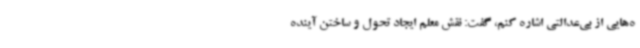
ه‌هایی از بی‌عدالتی اشاره کنم، گفت: نقش معلم ایجاد تحول و ساختن آینده